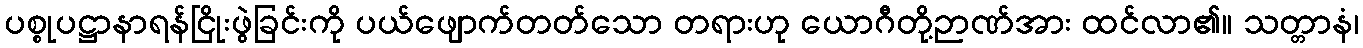
ပစ္စုပဋ္ဌာနာရန်ငြိုးဖွဲခြင်းကို ပယ်ဖျောက်တတ်သော တရားဟု ယောဂီတို့ဉာဏ်အား ထင်လာ၏။ သတ္တာနံ၊